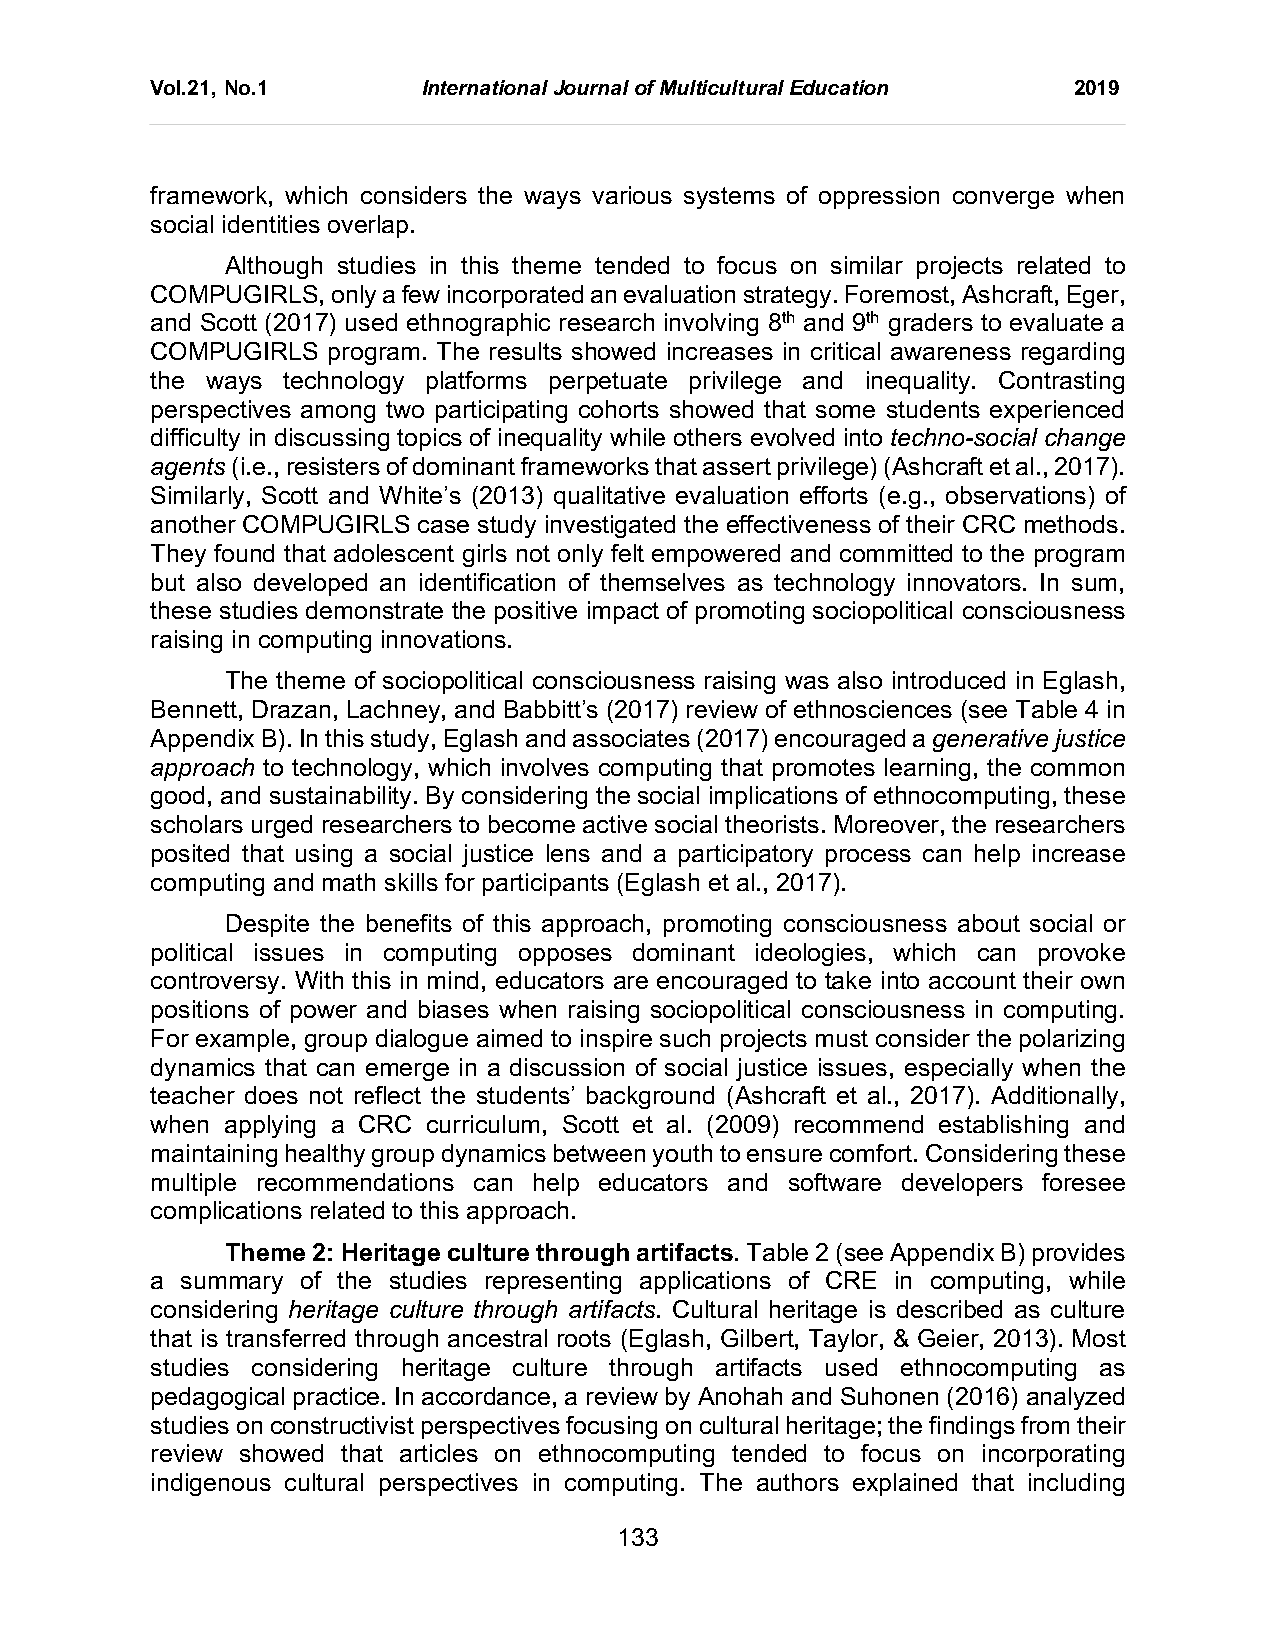
Vol.21, No.1      International Journal of Multicultural Education 2019
 framework, which considers the ways various systems of oppression converge when
 social identities overlap.
 Although studies in this theme tended to focus on similar projects related to
 COMPUGIRLS, only a few incorporated an evaluation strategy. Foremost, Ashcraft, Eger,
 and Scott (2017) used ethnographic research involving 8th and 9th graders to evaluate a
 COMPUGIRLS  program. The results showed increases in critical awareness regarding
 the ways technology platforms perpetuate privilege and inequality. Contrasting
 perspectives among two participating cohorts showed that some students experienced
 difficulty in discussing topics of inequality while others evolved into techno-social change
 agents (i.e., resisters of dominant frameworks that assert privilege) (Ashcraft et al., 2017).
 Similarly, Scott and White’s (2013) qualitative evaluation efforts (e.g., observations) of
 another COMPUGIRLS case study investigated the effectiveness of their CRC methods.
 They found that adolescent girls not only felt empowered and committed to the program
 but also developed an identification of themselves as technology innovators. In sum,
 these studies demonstrate the positive impact of promoting sociopolitical consciousness
 raising in computing innovations.
 The theme of sociopolitical consciousness raising was also introduced in Eglash,
 Bennett, Drazan, Lachney, and Babbitt’s (2017) review of ethnosciences (see Table 4 in
 Appendix B). In this study, Eglash and associates (2017) encouraged a generative justice
 approach to technology, which involves computing that promotes learning, the common
 good, and sustainability. By considering the social implications of ethnocomputing, these
 scholars urged researchers to become active social theorists. Moreover, the researchers
 posited that using a social justice lens and a participatory process can help increase
 computing and math skills for participants (Eglash et al., 2017).
 Despite the benefits of this approach, promoting consciousness about social or
 political issues in computing opposes dominant ideologies, which can provoke
 controversy. With this in mind, educators are encouraged to take into account their own
 positions of power and biases when raising sociopolitical consciousness in computing.
 For example, group dialogue aimed to inspire such projects must consider the polarizing
 dynamics that can emerge in a discussion of social justice issues, especially when the
 teacher does not reflect the students’ background (Ashcraft et al., 2017). Additionally,
 when applying a CRC curriculum, Scott et al. (2009) recommend establishing and
 maintaining healthy group dynamics between youth to ensure comfort. Considering these
 multiple recommendations can help educators and software developers foresee
 complications related to this approach.
 Theme 2: Heritage culture through artifacts. Table 2 (see Appendix B) provides
 a summary of the studies representing applications of CRE in computing, while
 considering heritage culture through artifacts. Cultural heritage is described as culture
 that is transferred through ancestral roots (Eglash, Gilbert, Taylor, & Geier, 2013). Most
 studies considering heritage culture through artifacts used ethnocomputing as
 pedagogical practice. In accordance, a review by Anohah and Suhonen (2016) analyzed
 studies on constructivist perspectives focusing on cultural heritage; the findings from their
 review showed that articles on ethnocomputing tended to focus on incorporating
 indigenous cultural perspectives in computing. The authors explained that including
 133